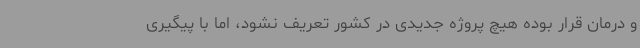
و درمان قرار بوده هیچ پروژه جدیدی در کشور تعریف نشود، اما با پیگیری